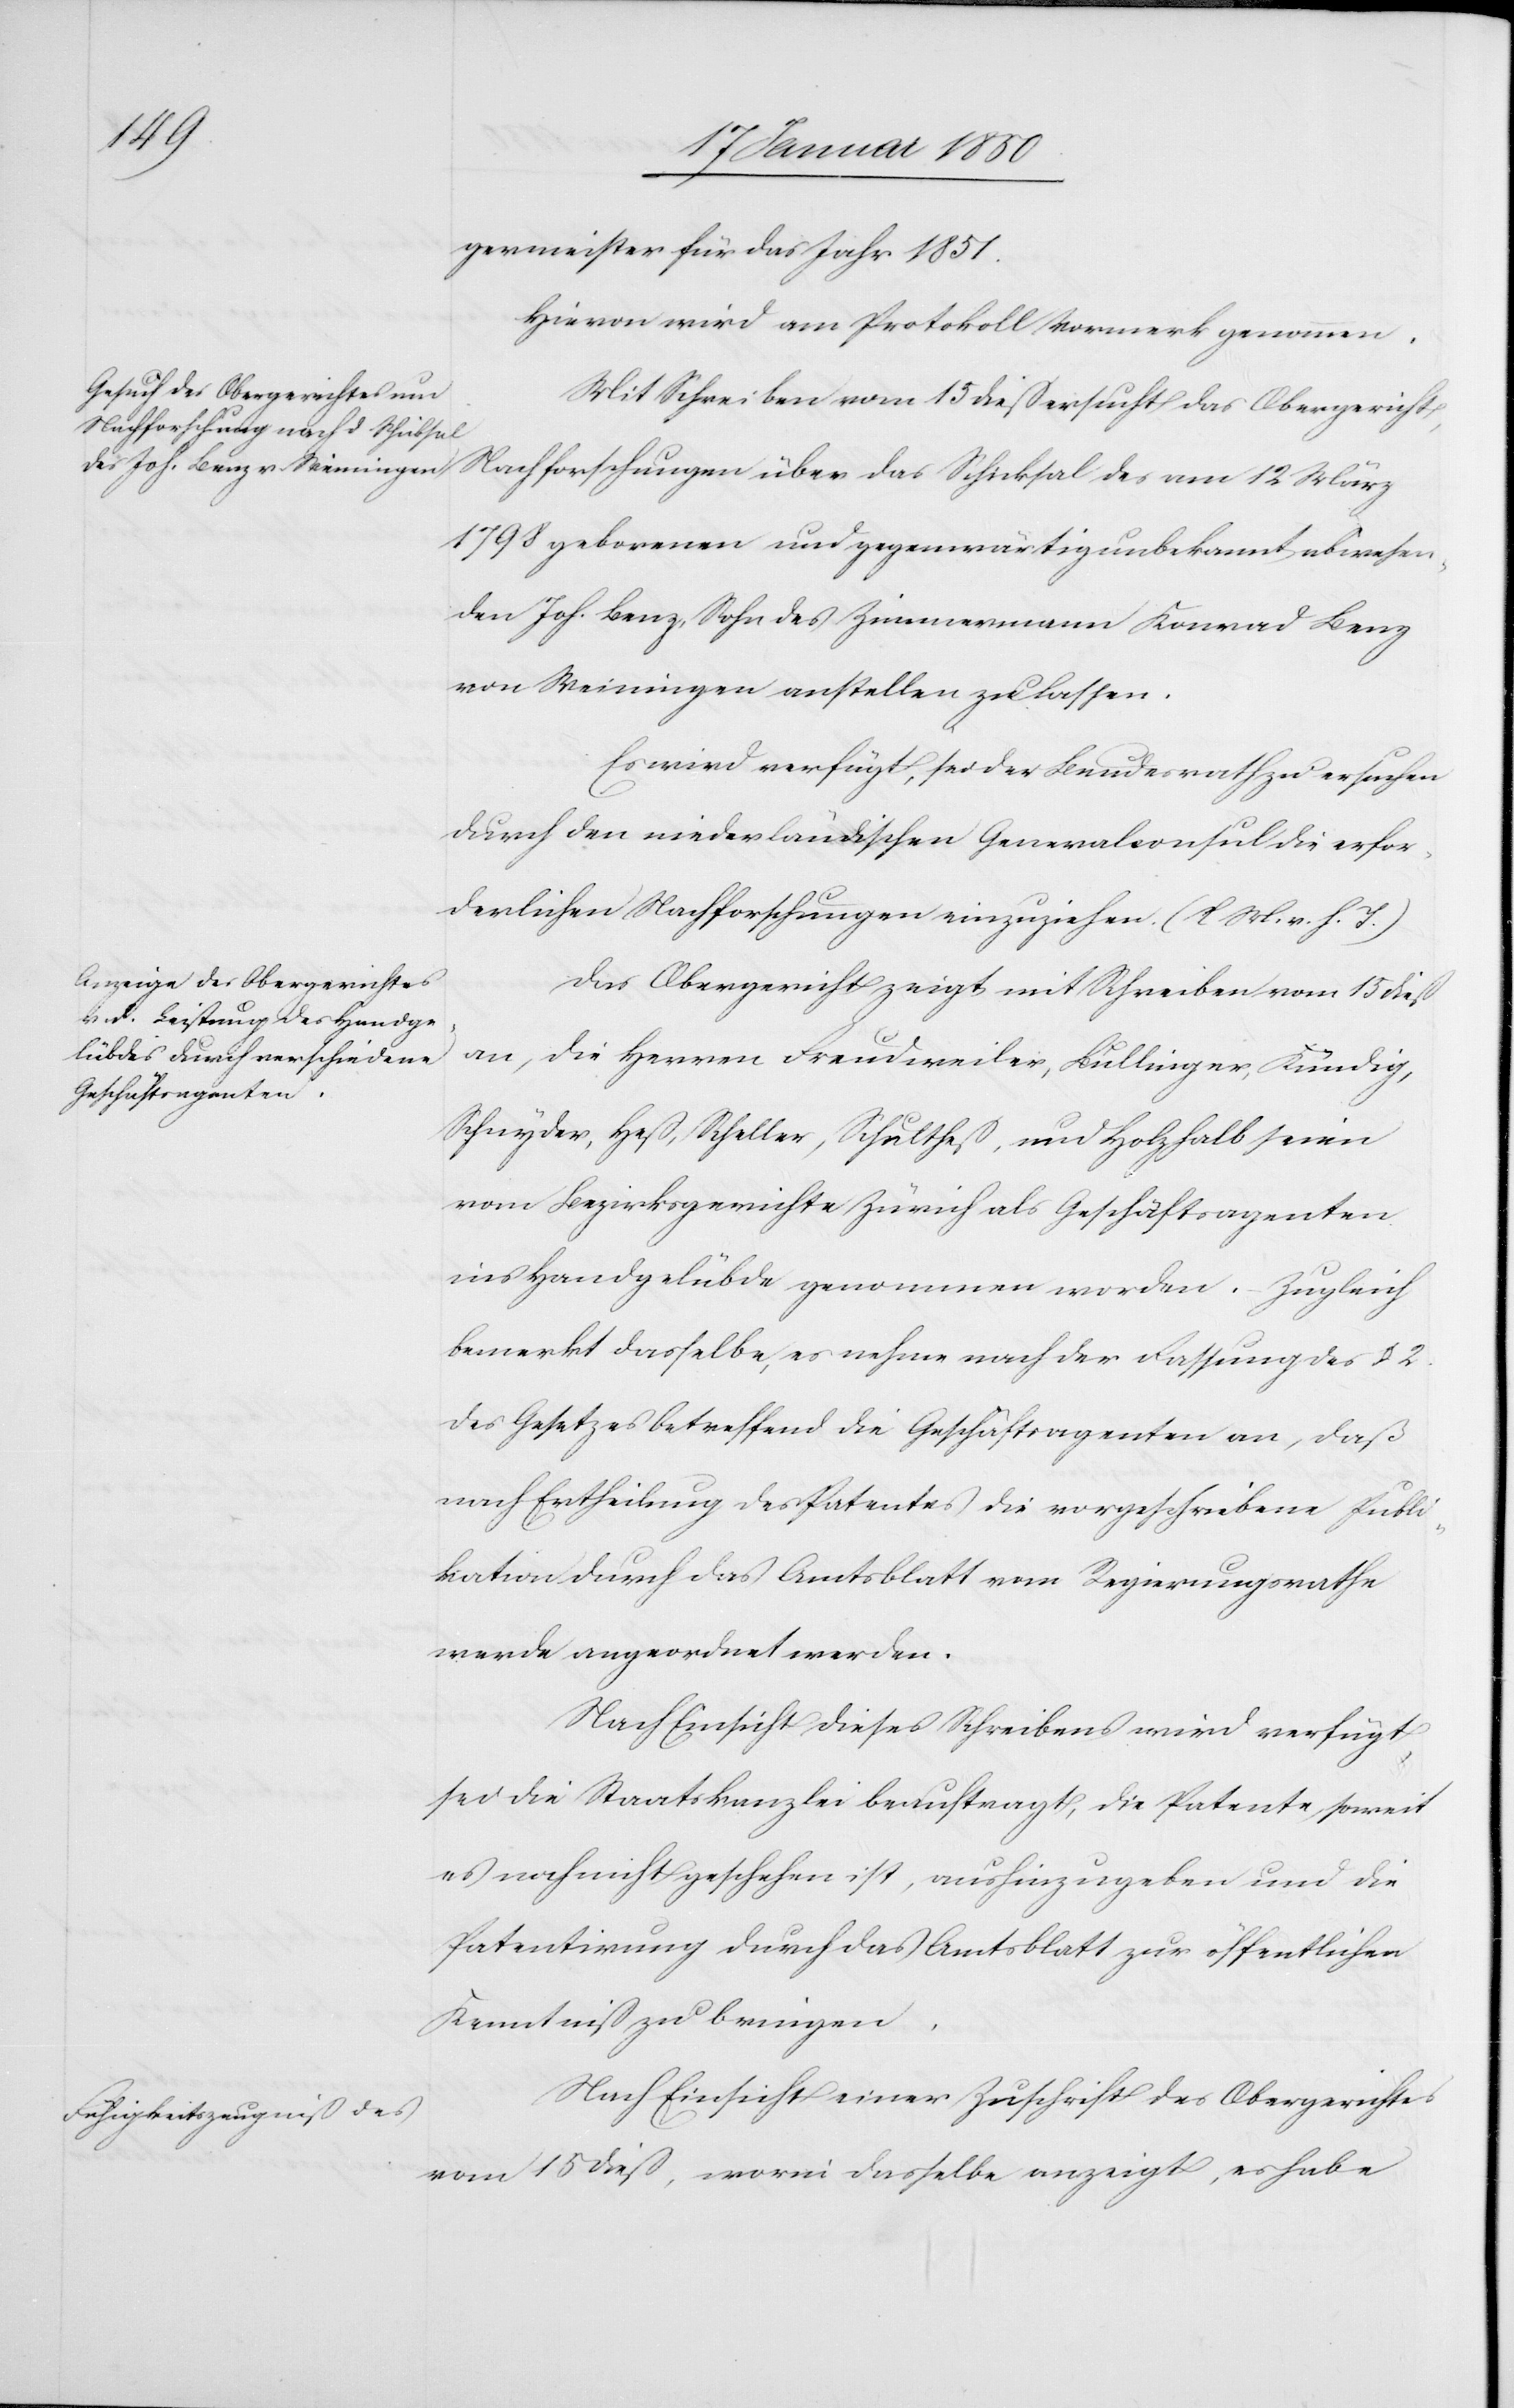
germeister für das Jahr 1851.
Hievon wird am Protokoll Vormerk genommen.
Mit Schreiben vom 15 dieß ersucht das Obergericht
Nachforschungen über das Schicksal des am 12 März
1798 geborenen und gegenwärtig unbekannt abwesen¬
den Joh. Benz, Sohn des Zimmermann Konrad Benz
von Weiningen anstellen zu lassen.
Es wird verfügt, sei der Bundesrath zu ersuchen
durch den niederländischen Generalconsul die erfor¬
derlichen Nachforschungen einzuziehen. (l. M. v. h. T.)
Das Obergericht zeigt mit Schreiben vom 15 dieß
an, die Herren Freudweiler, Bullinger, Kündig,
Schnyder, Heß, Scheller, Schultheß, und Holzhalb seien
vom Bezirksgerichte Zürich als Geschäftsagenten
ins Handgelübde genommen worden. Zugleich
bemerkt dasselbe, es nehme nach der Fassung des § 2.
des Gesetzes betreffend die Geschäftsagenten an, daß
nach Ertheilung des Patentes die vorgeschriebene Publi¬
kation durch das Amtsblatt vom Regierungsrathe
werde angeordnet werden.
Nach Einsicht dieses Schreibens wird verfügt,
sei die Staatskanzlei beauftragt, die Patente sowie
es noch nicht geschehen ist, aushinzugeben und die
Patentirung durch das Amtsblatt zur öffentlichen
Kenntniß zu bringen.
Nach Einsicht einer Zuschrift des Obergerichtes
vom 15 dieß, worin dasselbe anzeigt, es habe